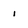
Character: I